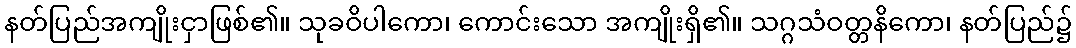
နတ်ပြည်အကျိုးငှာဖြစ်၏။ သုခဝိပါကော၊ ကောင်းသော အကျိုးရှိ၏။ သဂ္ဂသံဝတ္တနိကော၊ နတ်ပြည်၌